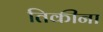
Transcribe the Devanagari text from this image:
तिकीना